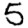
Digit: 5